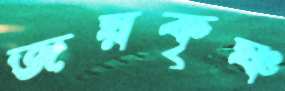
জয়কৃষ্ণ